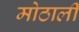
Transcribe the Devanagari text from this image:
मोठालीं